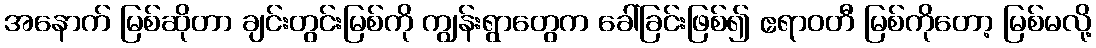
အနောက် မြစ်ဆိုတာ ချင်းတွင်းမြစ်ကို ကျွန်းရွာတွေက ခေါ်ခြင်းဖြစ်၍ ဧရာဝတီ မြစ်ကိုတော့ မြစ်မလို့